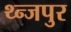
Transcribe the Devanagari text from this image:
थ्न्जपुर